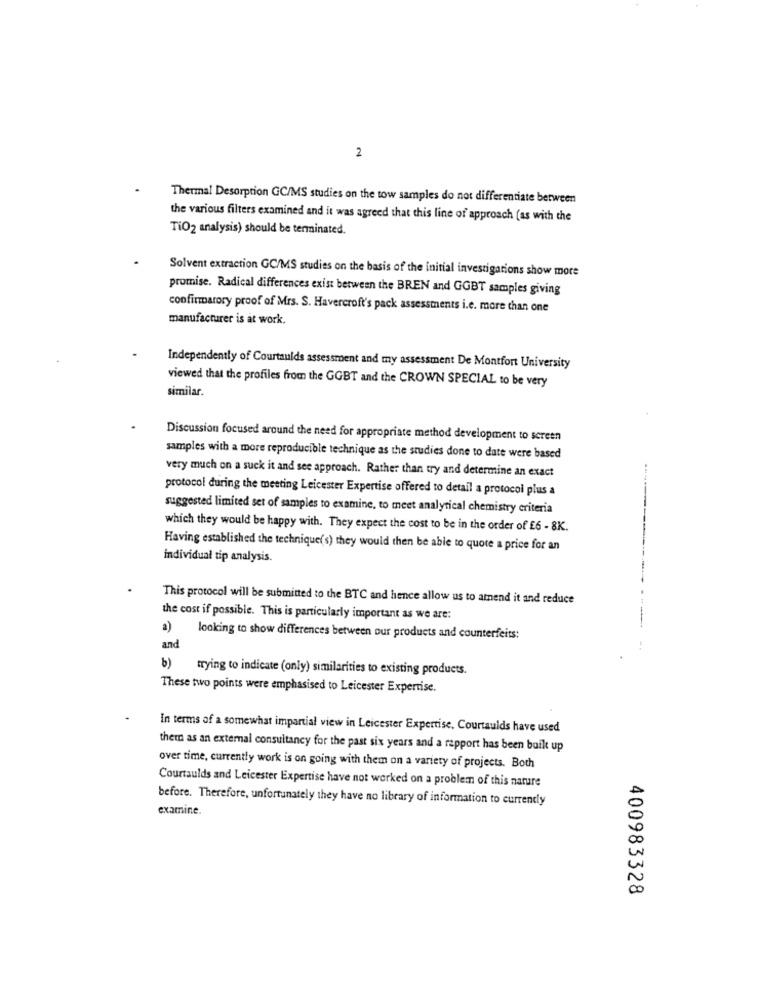
2
Thermal Desorption GC/MS studies on the tow samples do not differentiate between
the various filters examined and it was agreed that this line of approach (as with the
TiO2 analysis) should be terminated.
Solvent extraction GC/MS studies on the basis of the initial investigations show more
promise. Radical differences exist between the BREN and GGBT samples giving
confirmarory proof of Mrs. S. Havercroft's pack assessments i.e. more than one
manufacturer is at work.
Independently of Courtaulds assessment and my assessment De Montfort University
viewed that the profiles from the GGBT and the CROWN SPECIAL to be very
similar.
Discussion focused around the need for appropriate method development to screen
samples with a more reproducible technique as the studies done to date were based
very much on a suck it and see approach. Rather than try and determine an exact
protocol during the meeting Leicester Expertise offered to detail a protocol plus a
suggested limited set of samples to examine, to meet analytical chemistry criteria
which they would be happy with. They expect the cost to be in the order of £6 - 8K.
Having established the technique(s) they would then be able to quote a price for an
individual tip analysis.
This protocol will be submitted to the BTC and hence allow us to amend it and reduce
the cost if possible. This is particularly important as we are:
a) looking to show differences between our products and counterfeits:
and
b) trying to indicate (only) similarities to existing products.
These two points were emphasised to Leicester Expertise.
In terms of a somewhat impartial view in Leicester Expertise, Courtaulds have used
them as an external consultancy for the past six years and a rapport has been built up
over time, currently work is on going with them on a variety of projects. Both
Courtaulds and Leicester Expertise have not worked on a problem of this nature
before. Therefore, unfortunately they have no library of information to currently
examine.
400983328